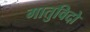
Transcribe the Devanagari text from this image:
गातुविदो